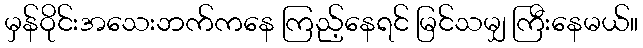
မှန်ဝိုင်းအသေးဘက်ကနေ ကြည့်နေရင် မြင်သမျှ ကြီးနေမယ်။